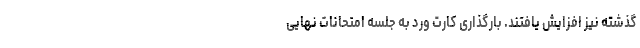
گذشته نیز افزایش یافتند. بارگذاری کارت ورد به جلسه امتحانات نهایی